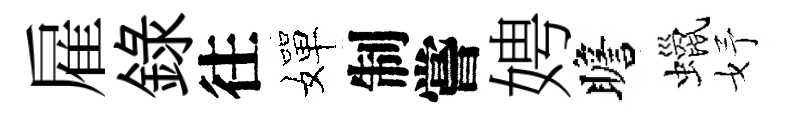
雇録往嬋制嘗娉瞻蠟妤